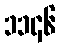
၁၁၄၆